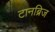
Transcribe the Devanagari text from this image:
टानब्रिज